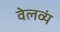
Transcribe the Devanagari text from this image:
वेलव्यं